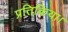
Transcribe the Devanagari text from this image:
प्रतिक्रिया।